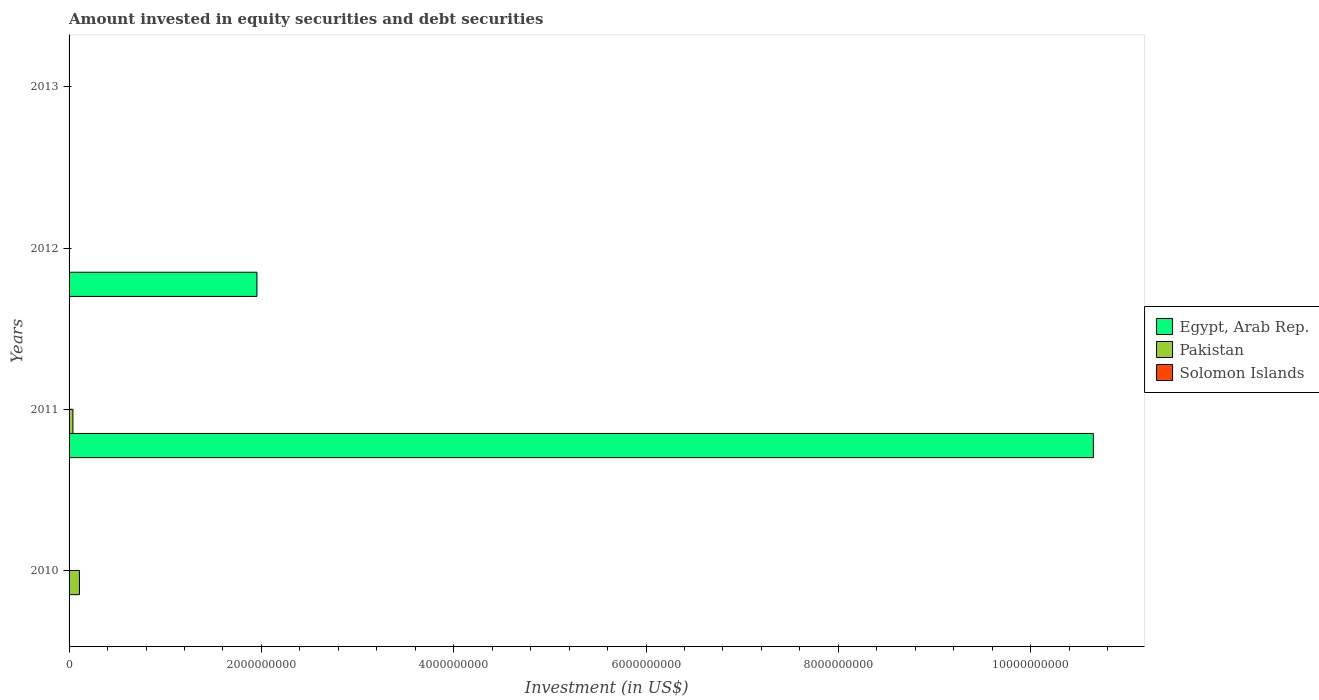
| Years | Egypt, Arab Rep. | Pakistan | Solomon Islands |
 | --- | --- | --- | --- |
 | 2010 | -1.04e+10 | 1.08e+08 | 2.65e+06 |
 | 2011 | 1.07e+10 | 4e+07 | -4.64e+05 |
 | 2012 | 1.95e+09 | -1.17e+08 | 3.29e+06 |
 | 2013 | -3.01e+09 | -2.7e+07 | -2.17e+06 |